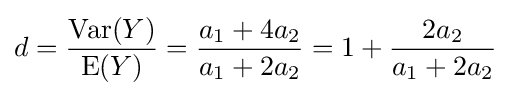
d={\frac {\operatorname {Var} (Y)}{\operatorname {E} (Y)}}={\frac {a_{1}+4a_{2}}{a_{1}+2a_{2}}}=1+{\frac {2a_{2}}{a_{1}+2a_{2}}}